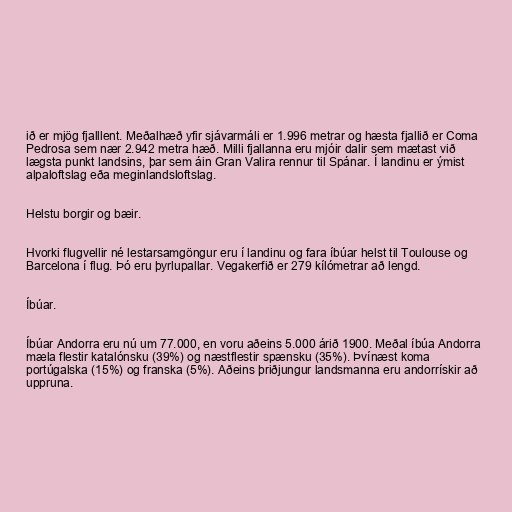
ið er mjög fjalllent. Meðalhæð yfir sjávarmáli er 1.996 metrar og hæsta fjallið er Coma
Pedrosa sem nær 2.942 metra hæð. Milli fjallanna eru mjóir dalir sem mætast við
lægsta punkt landsins, þar sem áin Gran Valira rennur til Spánar. Í landinu er ýmist
alpaloftslag eða meginlandsloftslag.

Helstu borgir og bæir.

Hvorki flugvellir né lestarsamgöngur eru í landinu og fara íbúar helst til Toulouse og
Barcelona í flug. Þó eru þyrlupallar. Vegakerfið er 279 kílómetrar að lengd.

Íbúar.

Íbúar Andorra eru nú um 77.000, en voru aðeins 5.000 árið 1900. Meðal íbúa Andorra
mæla flestir katalónsku (39%) og næstflestir spænsku (35%). Þvínæst koma
portúgalska (15%) og franska (5%). Aðeins þriðjungur landsmanna eru andorrískir að
uppruna.